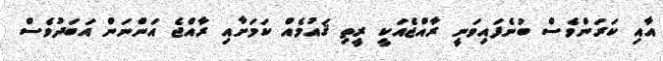
އާއި ކަރަންވެސް ބުނެފައިވަނީ ރާއްޖެއަކީ ރީތި ޤައުމެއް ކަމަށާއި ރާއްޖެ އަންނަން އަބަދުވެސް